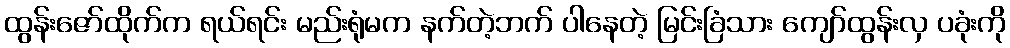
ထွန်းဇော်ထိုက်က ရယ်ရင်း မည်းရုံမက နက်တဲ့ဘက် ပါနေတဲ့ မြင်းခြံသား ကျော်ထွန်းလှ ပခုံးကို